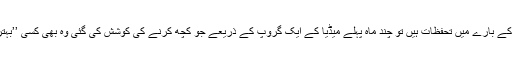
اگردھرنے میں حکومت کو فوج کے کردار کے بارے میں تحفظات ہیں تو چند ماہ پہلے میڈیا کے ایک گروپ کے ذریعے جو کچھ کرنے کی کوشش کی گئی وہ بھی کسی ’’بہترین جمہوری رویے‘‘ کی عکاسی نہیں کرتا۔